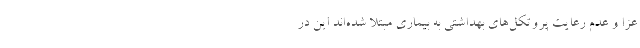
عزا و عدم رعایت پروتکل‌های بهداشتی به بیماری مبتلا شده‌اند این در